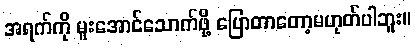
အရက်ကို မူးအောင်သောက်ဖို့ ပြောတာတော့မဟုတ်ပါဘူး။